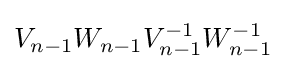
V_{n-1}W_{n-1}V_{n-1}^{-1}W_{n-1}^{-1}